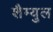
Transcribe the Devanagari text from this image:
शैम्युल